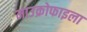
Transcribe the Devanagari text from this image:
माउक्रोफाइला